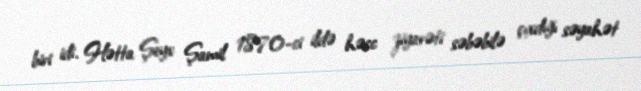
biri idi. Hətta Şeyx Şamil 1870-ci ildə həcc ziyarəti səbəbilə çıxdığı səyahət